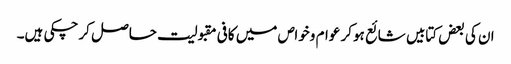
ان کی بعض کتابیں شائع ہوکر عوام وخواص میں کافی مقبولیت حاصل کرچکی ہیں۔